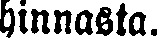
hinnasta.